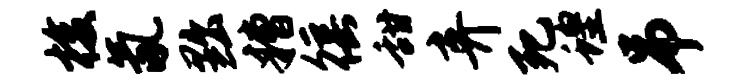
梭氤黜糟徭甜弃死蝗吊